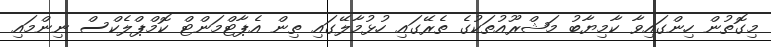
މިގޮތުން ހިންގައިވާ ކާމިޔާބު މަޝްރޫއުތަކުގެ ތެރޭގައި ހުޅުމާލޭގައި ތިން އެޕާޓްމަންޓް ކޮމްޕްލެކްސް ނިންމައި